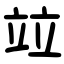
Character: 竝